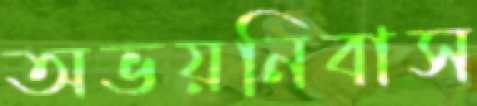
অভয়নিবাস